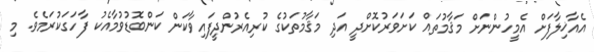
އެއާޚިލާފަށް އެމީހުންނަށް މަޤާމުތައް ކަށަވަރުކޮށްދީ އަދި މަޤާމުތަކުގެ ކުރިއެރުންދީފައިވާކަން ކަންބޮޑުވުމާއެކު ފާހަގަކުރަމެވެ. މި